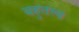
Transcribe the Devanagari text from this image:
बहुतत्त्व